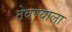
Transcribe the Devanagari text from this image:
ठेवण्याला